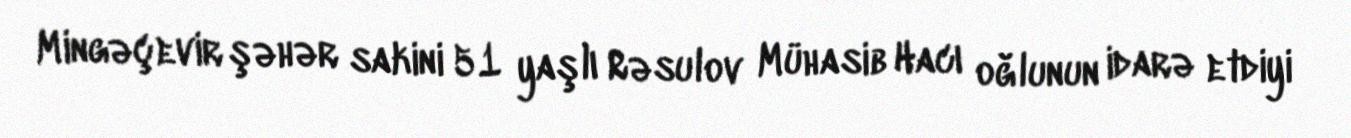
Mingəçevir şəhər sakini 51 yaşlı Rəsulov Mühasib Hacı oğlunun idarə etdiyi